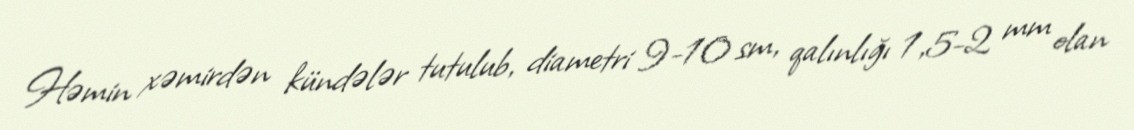
Həmin xəmirdən kündələr tutulub, diametri 9-10 sm, qalınlığı 1,5-2 mm olan